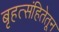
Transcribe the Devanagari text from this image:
बृहत्संहितेतून